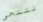
تتنحى